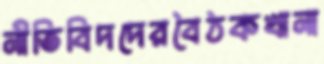
নীতিবিদদেরবৈঠকখানা